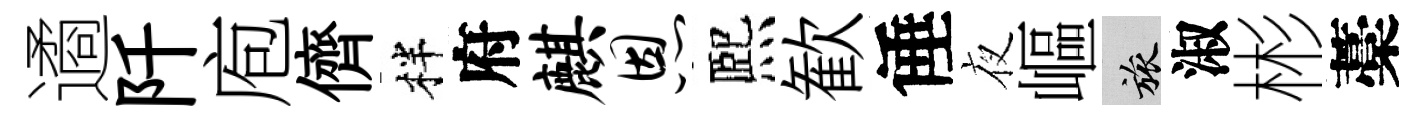
遹阡庖儕柈府麒恩熈歓倕夜嶇旅淑彬藁